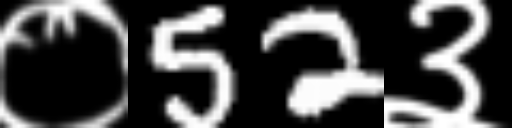
Text: ०52३